system: You are a helpful assistant.
user:
Analyze the provided spectrum to determine if it is a **M-type Giant (gM)**.

A M-type Giant spectrum is defined by its **strong molecular absorption** features, particularly from **Titanium Oxide (TiO)**. You must check for one of the following mutually exclusive signatures:

- **Key Visual Indicators (Absorption-Dominated Spectrum):**

    - **(Primary):** The spectrum is dominated by strong molecular absorption from **Titanium Oxide (TiO)**. This is the **defining feature** of its M-type temperature class.
        - **(Key Bandheads):** Look for sharp, "saw-tooth" absorption valleys. The strongest are located near **~7050 Å**, **~6160 Å**, and **~5170 Å**.
        - **(Line Profile):** The "saw-tooth" morphology is critical: a **sharp, steep drop on the BLUE (short-wavelength) side** of the bandhead, followed by a gradual recovery (rising flux) towards the RED (long-wavelength) side.

    - **(Key Confirmation - Giant vs. Dwarf):** **ABSENCE** of strong **Calcium Hydride (CaH)** molecular bands. This is the primary diagnostic for *excluding* M-dwarfs.
        - **(Key Region):** The spectrum should lack the strong, broad absorption band seen in dwarfs between **~6800 Å and ~7000 Å**.

    - **(Secondary Confirmation - Giant):** A very strong and broad **Neutral Calcium (Ca I)** atomic absorption line.
        - **(Key Line):** Located at **~4226 Å**. In a giant (gM), this line is significantly deeper and broader than the same line in an M-dwarf (dM) due to low surface gravity.

    - **(Overall Spectrum):**
        - The continuum is **extremely red-sloping** (i.e., flux is very low in the blue and rises dramatically towards the red).
        - The entire spectrum appears "chopped up" by the deep TiO bands.

Think first, call **spectral_visualization_tool** if needed to examine features in detail, then provide your final answer. Your response must adhere to the following strict rules:
1.  **Overall Structure:** Your response must follow the format `<think>...</think> <tool_call>...</tool_call> (if a tool is used) <answer>...</answer>`.
2.  **Tool Usage Constraint:** You may only make **one** tool call per turn.
3.  **Final Answer Format:** In the `<answer>` tag, your conclusion must be inside a `\boxed{}` command (e.g., `\boxed{YES}` or `\boxed{NO}`), followed by your justification.

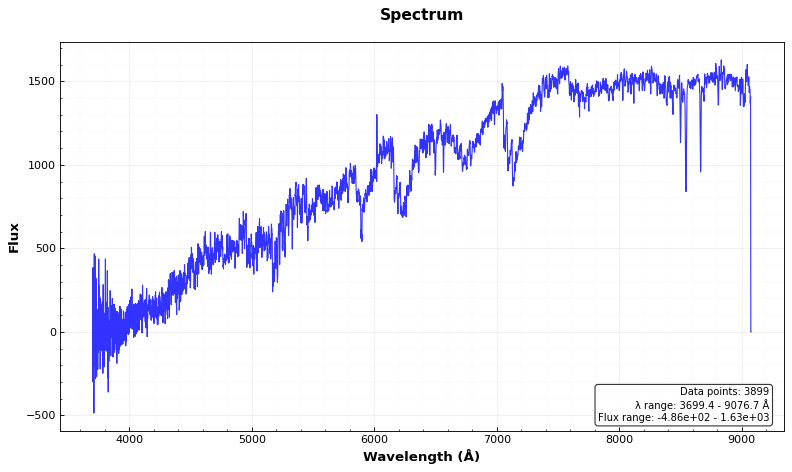
Answer: YES